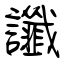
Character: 讖